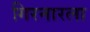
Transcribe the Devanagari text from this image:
गिरनारला